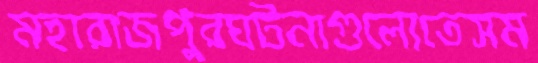
মহারাজপুরঘটনাগুলোতেসম